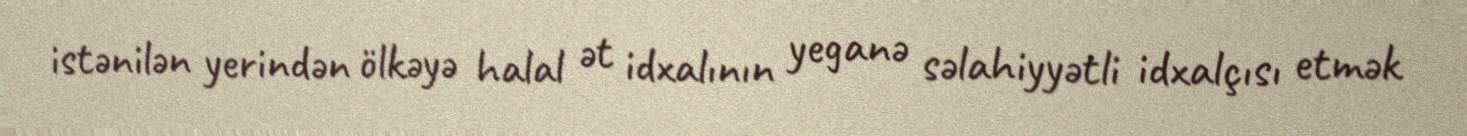
istənilən yerindən ölkəyə halal ət idxalının yeganə səlahiyyətli idxalçısı etmək